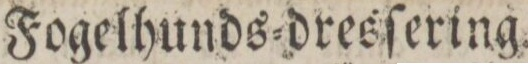
Fogelhunds=dresſering.